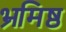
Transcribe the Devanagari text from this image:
भ्रमिष्ठ